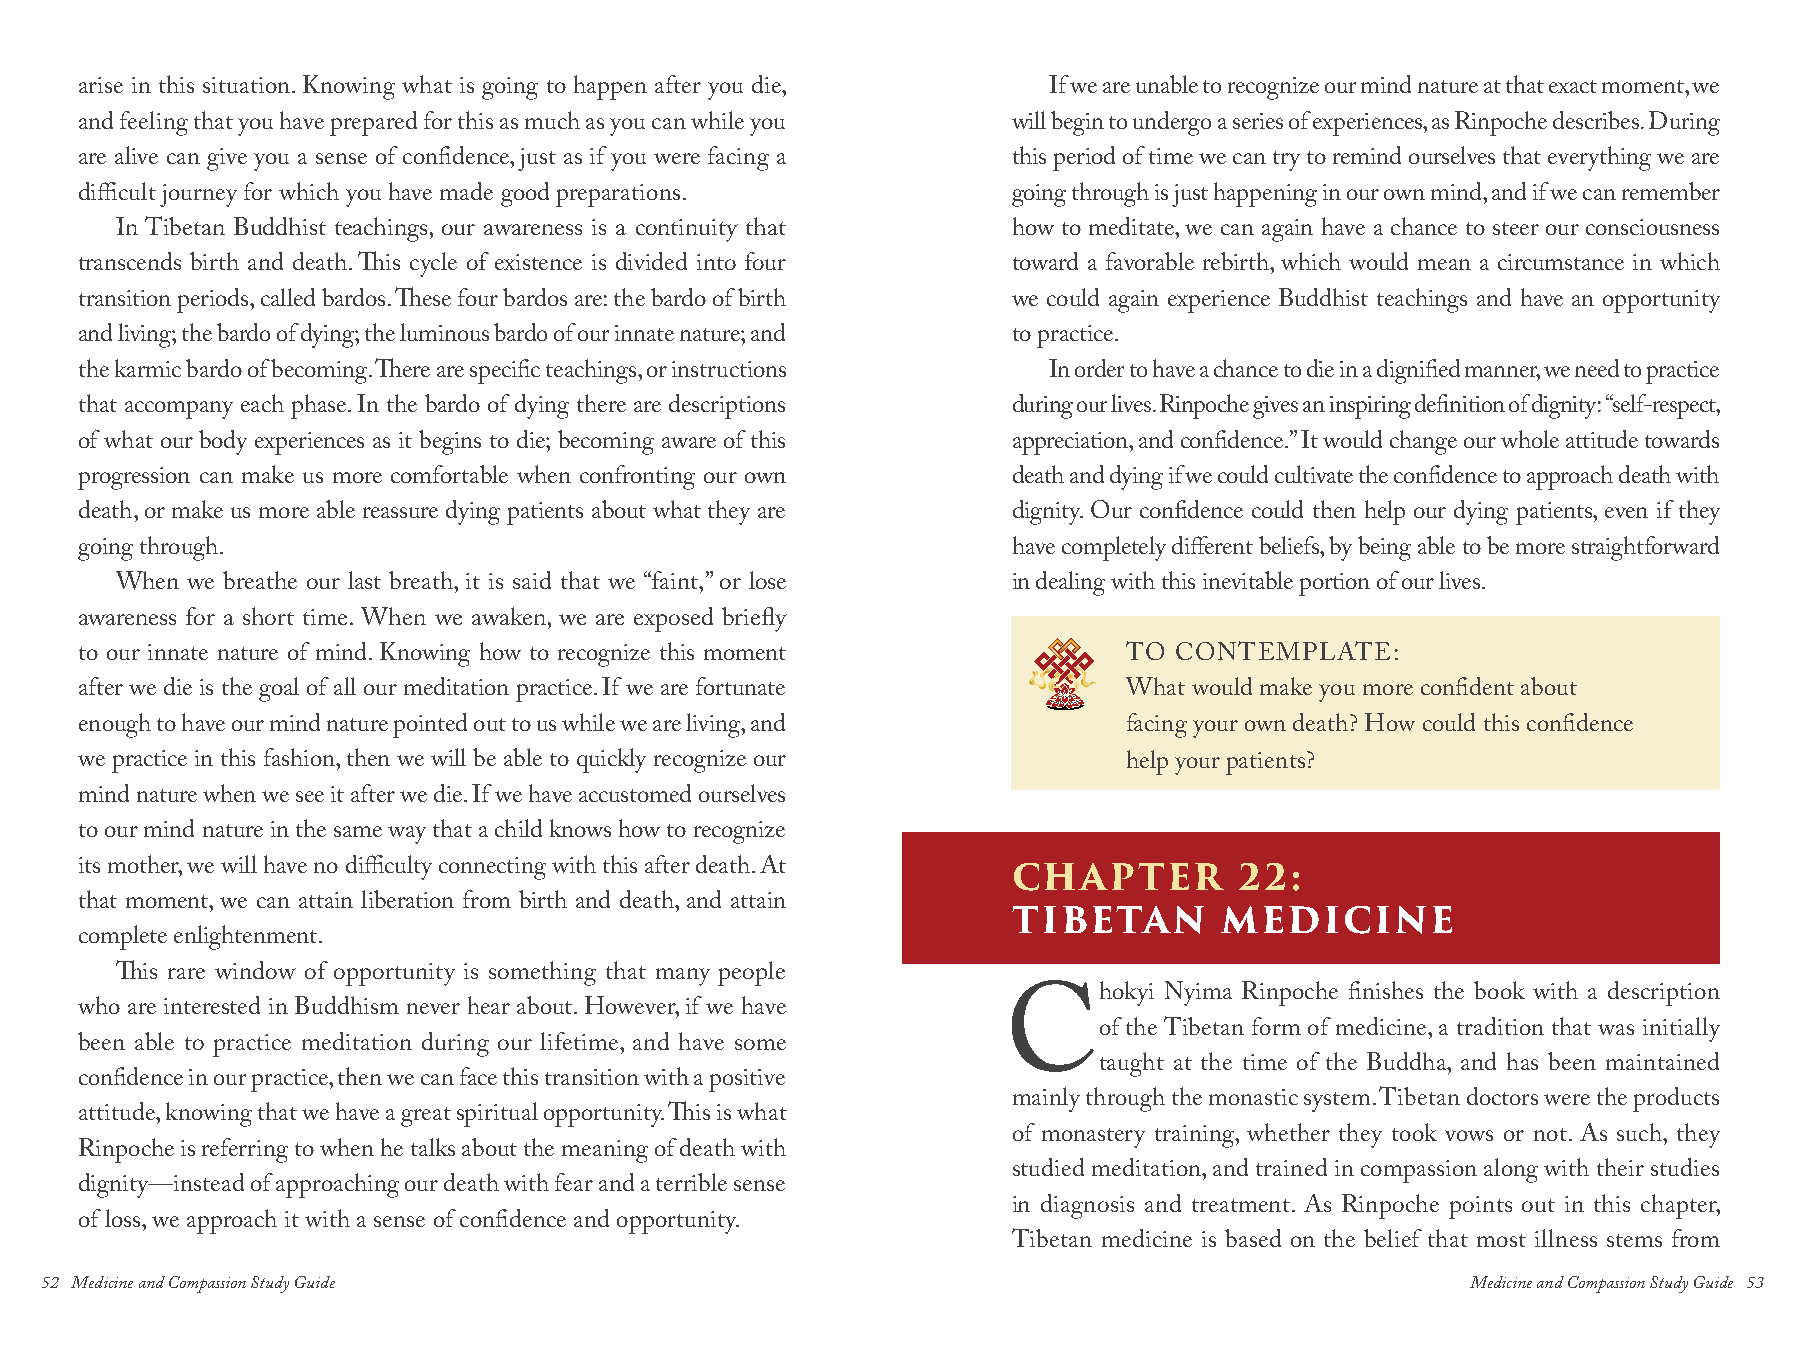
arise in this situation. Knowing what is going to happen after you die, If we are unable to recognize our mind nature at that exact moment, we
 and feeling that you have prepared for this as much as you can while you will begin to undergo a series of experiences, as Rinpoche describes. During
 are alive can give you a sense of confidence, just as if you were facing a this period of time we can try to remind ourselves that everything we are
 difficult journey for which you have made good preparations.  going through is just happening in our own mind, and if we can remember
 In Tibetan Buddhist teachings, our awareness is a continuity that how to meditate, we can again have a chance to steer our consciousness
 transcends birth and death. This cycle of existence is divided into four toward a favorable rebirth, which would mean a circumstance in which
 transition periods, called bardos. These four bardos are: the bardo of birth we could again experience Buddhist teachings and have an opportunity
 and living; the bardo of dying; the luminous bardo of our innate nature; and to practice.
 the karmic bardo of becoming. There are specific teachings, or instructions In order to have a chance to die in a dignified manner, we need to practice
 that accompany each phase. In the bardo of dying there are descriptions during our lives. Rinpoche gives an inspiring definition of dignity: “self-respect,
 of what our body experiences as it begins to die; becoming aware of this appreciation, and confidence.” It would change our whole attitude towards
 progression can make us more comfortable when confronting our own death and dying if we could cultivate the confidence to approach death with
 death, or make us more able reassure dying patients about what they are dignity. Our confidence could then help our dying patients, even if they
 going through.                                                have completely different beliefs, by being able to be more straightforward
 When we breathe our last breath, it is said that we “faint,” or lose in dealing with this inevitable portion of our lives.
 awareness for a short time. When we awaken, we are exposed briefly
 to our innate nature of mind. Knowing how to recognize this moment    TO CONTEMPLATE:
 after we die is the goal of all our meditation practice. If we are fortunate What would make you more confident about
 enough to have our mind nature pointed out to us while we are living, and facing your own death? How could this confidence
 we practice in this fashion, then we will be able to quickly recognize our help your patients?
 mind nature when we see it after we die. If we have accustomed ourselves
 to our mind nature in the same way that a child knows how to recognize
 its mother, we will have no difficulty connecting with this after death. At CHAPTER 22:
 that moment, we can attain liberation from birth and death, and attain
 TIBETAN       MEDICINE
 complete enlightenment.
 This rare window of opportunity is something that many people
 hokyi Nyima Rinpoche finishes the book with a description
 who are interested in Buddhism never hear about. However, if we have
 Cof     the Tibetan form of medicine, a tradition that was initially
 been able to practice meditation during our lifetime, and have some
 taught at the time of the Buddha, and has been maintained
 confidence in our practice, then we can face this transition with a positive
 mainly through the monastic system. Tibetan doctors were the products
 attitude, knowing that we have a great spiritual opportunity. This is what
 of monastery training, whether they took vows or not. As such, they
 Rinpoche is referring to when he talks about the meaning of death with
 studied meditation, and trained in compassion along with their studies
 dignity—instead of approaching our death with fear and a terrible sense
 in diagnosis and treatment. As Rinpoche points out in this chapter,
 of loss, we approach it with a sense of confidence and opportunity.
 Tibetan medicine is based on the belief that most illness stems from
 52 Medicine and Compassion Study Guide                                                        Medicine and Compassion Study Guide 53